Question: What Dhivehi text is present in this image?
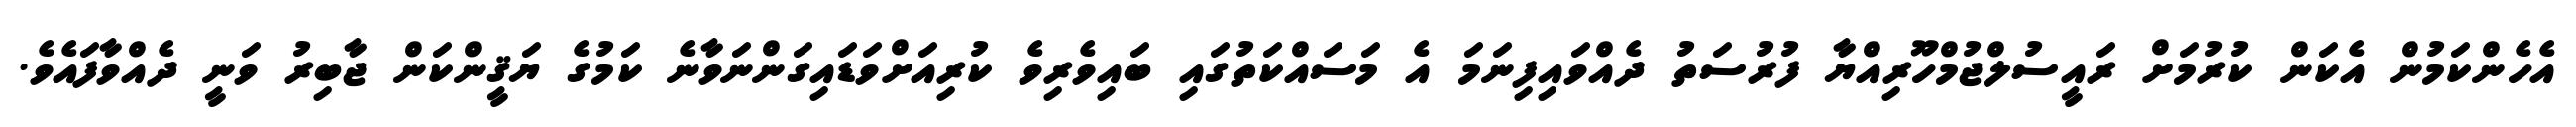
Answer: އެހެންކަމުން އެކަން ކުރުމަށް ރައީސުލްޖުމްހޫރިއްޔާ ފުރުސަތު ދެއްވައިފިނަމަ އެ މަސައްކަތުގައި ބައިވެރިވެ ކުރިއަށްވަޑައިގަންނަވާނެ ކަމުގެ ޔަޤީންކަން ޖާބިރު ވަނީ ދެއްވާފައެވެ.